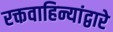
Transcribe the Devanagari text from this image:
रक्तवाहिन्यांद्वारे